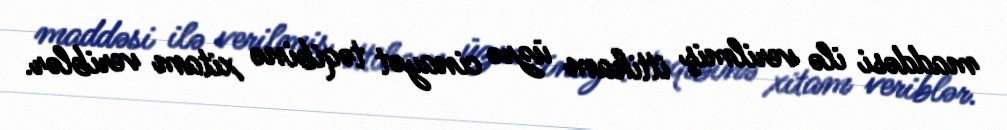
maddəsi ilə verilmiş ittiham üzrə cinayət təqibinə xitam veriblər.